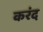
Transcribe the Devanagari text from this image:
करंद